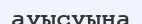
ауысуына